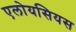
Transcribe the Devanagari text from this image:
एलोयसियस